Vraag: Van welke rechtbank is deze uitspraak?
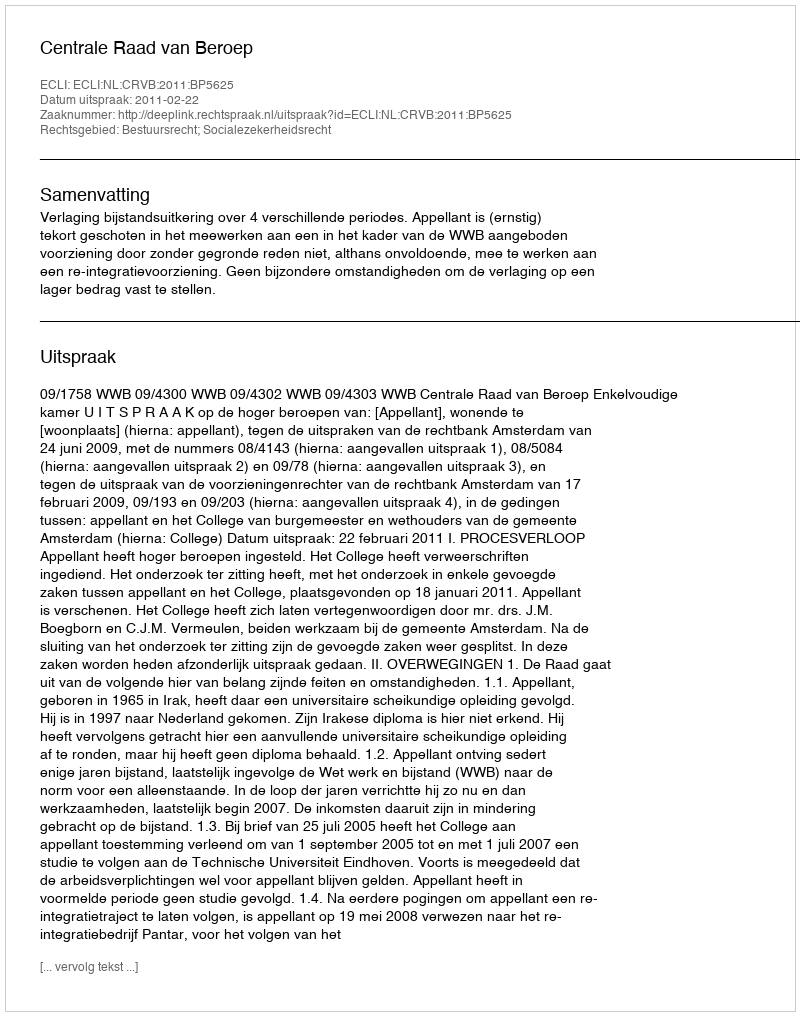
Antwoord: Centrale Raad van Beroep